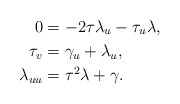
\begin{align*}0 & =-2\tau\lambda_{u}-\tau_{u}\lambda,\\\tau_{v} & =\gamma_{u}+\lambda_{u},\\\lambda_{uu} & =\tau^{2}\lambda+\gamma.\end{align*}